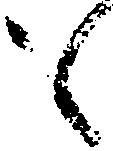
も